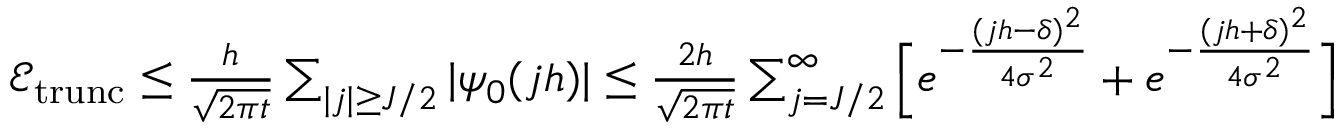
\begin{array} { r } { \mathcal { E } _ { \mathrm { t r u n c } } \leq \frac { h } { \sqrt { 2 \pi t } } \sum _ { | j | \geq J / 2 } | \psi _ { 0 } ( j h ) | \leq \frac { 2 h } { \sqrt { 2 \pi t } } \sum _ { j = J / 2 } ^ { \infty } \Big [ e ^ { - \frac { ( j h - \delta ) ^ { 2 } } { 4 \sigma ^ { 2 } } } + e ^ { - \frac { ( j h + \delta ) ^ { 2 } } { 4 \sigma ^ { 2 } } } \Big ] } \end{array}